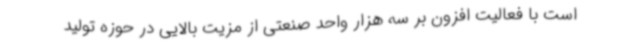
است با فعالیت افزون بر سه هزار واحد صنعتی از مزیت بالایی در حوزه تولید